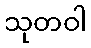
သုတဝါ